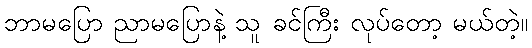
ဘာမပြော ညာမပြောနဲ့ သူ ခင်ကြီး လုပ်တော့ မယ်တဲ့။